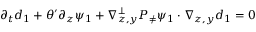
\begin{array} { r } { \partial _ { t } d _ { 1 } + \theta ^ { \prime } \partial _ { z } \psi _ { 1 } + \nabla _ { z , y } ^ { \bot } P _ { \neq } \psi _ { 1 } \cdot \nabla _ { z , y } d _ { 1 } = 0 } \end{array}